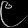
Digit: ၉